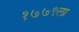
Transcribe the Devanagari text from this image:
१७७९ला